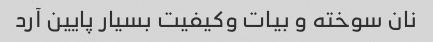
نان سوخته و بیات وکیفیت بسیار پایین آرد